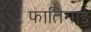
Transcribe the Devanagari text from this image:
फातिमाई